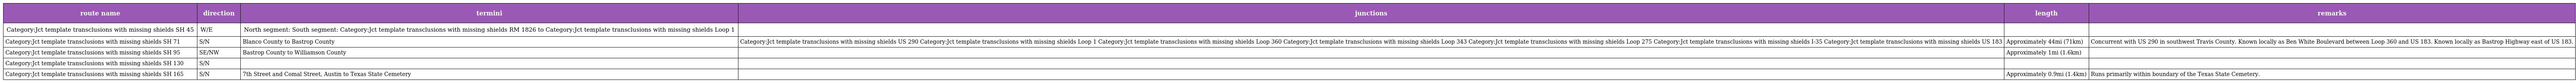
| route name | direction | termini | junctions | length | remarks |
 | --- | --- | --- | --- | --- | --- |
 | Category:Jct template transclusions with missing shields SH 45 | W/E | North segment: South segment: Category:Jct template transclusions with missing shields RM 1826 to Category:Jct template transclusions with missing shields Loop 1 |  |  |  |
 | Category:Jct template transclusions with missing shields SH 71 | S/N | Blanco County to Bastrop County | Category:Jct template transclusions with missing shields US 290 Category:Jct template transclusions with missing shields Loop 1 Category:Jct template transclusions with missing shields Loop 360 Category:Jct template transclusions with missing shields Loop 343 Category:Jct template transclusions with missing shields Loop 275 Category:Jct template transclusions with missing shields I-35 Category:Jct template transclusions with missing shields US 183 | Approximately 44mi (71km) | Concurrent with US 290 in southwest Travis County. Known locally as Ben White Boulevard between Loop 360 and US 183. Known locally as Bastrop Highway east of US 183. |
 | Category:Jct template transclusions with missing shields SH 95 | SE/NW | Bastrop County to Williamson County |  | Approximately 1mi (1.6km) |  |
 | Category:Jct template transclusions with missing shields SH 130 | S/N |  |  |  |  |
 | Category:Jct template transclusions with missing shields SH 165 | S/N | 7th Street and Comal Street, Austin to Texas State Cemetery |  | Approximately 0.9mi (1.4km) | Runs primarily within boundary of the Texas State Cemetery. |